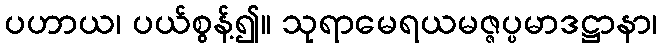
ပဟာယ၊ ပယ်စွန့်၍။ သုရာမေရယမဇ္ဇပ္ပမာဒဋ္ဌာနာ၊